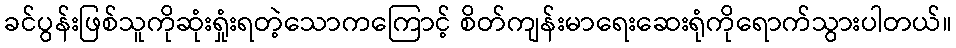
ခင်ပွန်းဖြစ်သူကိုဆုံးရှုံးရတဲ့သောကကြောင့် စိတ်ကျန်းမာရေးဆေးရုံကိုရောက်သွားပါတယ်။